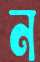
ন